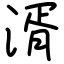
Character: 湑